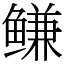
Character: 鳒